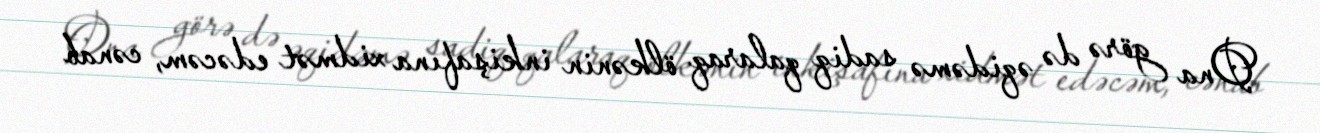
Ona görə də əqidəmə sadiq qalaraq ölkənin inkişafına xidmət edəcəm, cənab